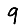
Digit: 9